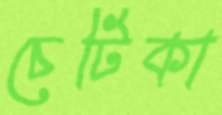
চেটিকা